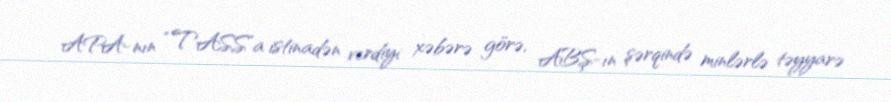
APA-nın “TASS”a istinadən verdiyi xəbərə görə, ABŞ-ın şərqində minlərlə təyyarə